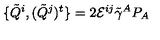
\{ \tilde { Q } ^ { i } , ( \tilde { Q } ^ { j } ) ^ { t } \} = 2 { \cal E } ^ { i j } \tilde { \gamma } ^ { A } P _ { A }